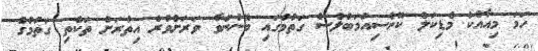
ހަމަ މިއާއެކު މެޑިކަލް ކޮންސިއުމަބްލްސް ގަތުމުގައި ބޭނުންވާ ވަރަށްވުރެ އިތުރަށް ތަކެތި ގަތުމުގެ